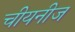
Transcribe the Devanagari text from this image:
चीयनीज